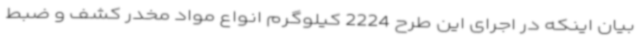
بیان اینکه در اجرای این طرح 2224 کیلوگرم انواع مواد مخدر کشف و ضبط